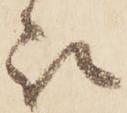
被